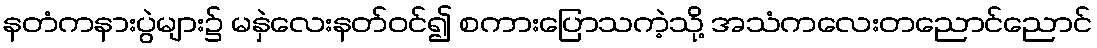
နတံကနားပွဲများ၌ မနှဲလေးနတ်ဝင်၍ စကားပြောသကဲ့သို့ အသံကလေးတညောင်ညောင်